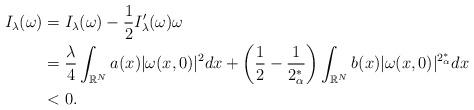
LaTeX: \begin{align*}I_\lambda(\omega)&=I_\lambda(\omega)-\frac{1}{2}I'_\lambda(\omega)\omega\\&=\frac{\lambda}{4}\displaystyle\int_{\mathbb{R}^N}a(x)|\omega(x,0)|^2dx+\left(\frac{1}{2}-\frac{1}{2_\alpha^*}\right)\displaystyle\int_{\mathbb{R}^N}b(x)|\omega(x,0)|^{2_\alpha^*}dx\\&<0. \end{align*}